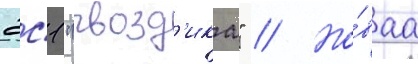
2с1 "гвозд'ика" // Но́ваа